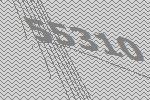
55310